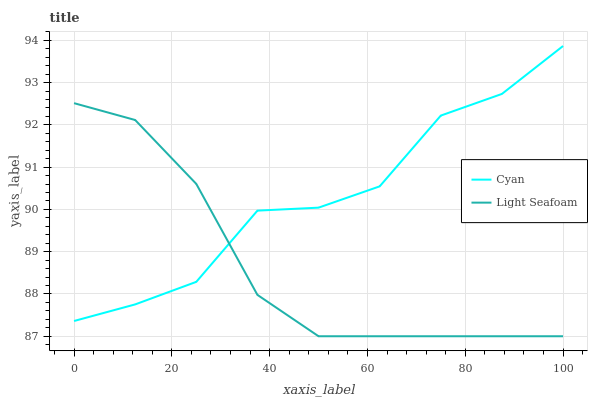
| xaxis_label | Cyan | Light Seafoam |
 | --- | --- | --- |
 | 0 | 87.4 | 92.5 |
 | 12.5 | 87.8 | 92.1 |
 | 25 | 88.3 | 90.6 |
 | 37.5 | 90 | 88 |
 | 50 | 90 | 87 |
 | 62.5 | 90.5 | 87 |
 | 75 | 92.2 | 87 |
 | 87.5 | 92.7 | 87 |
 | 100 | 93.9 | 87 |